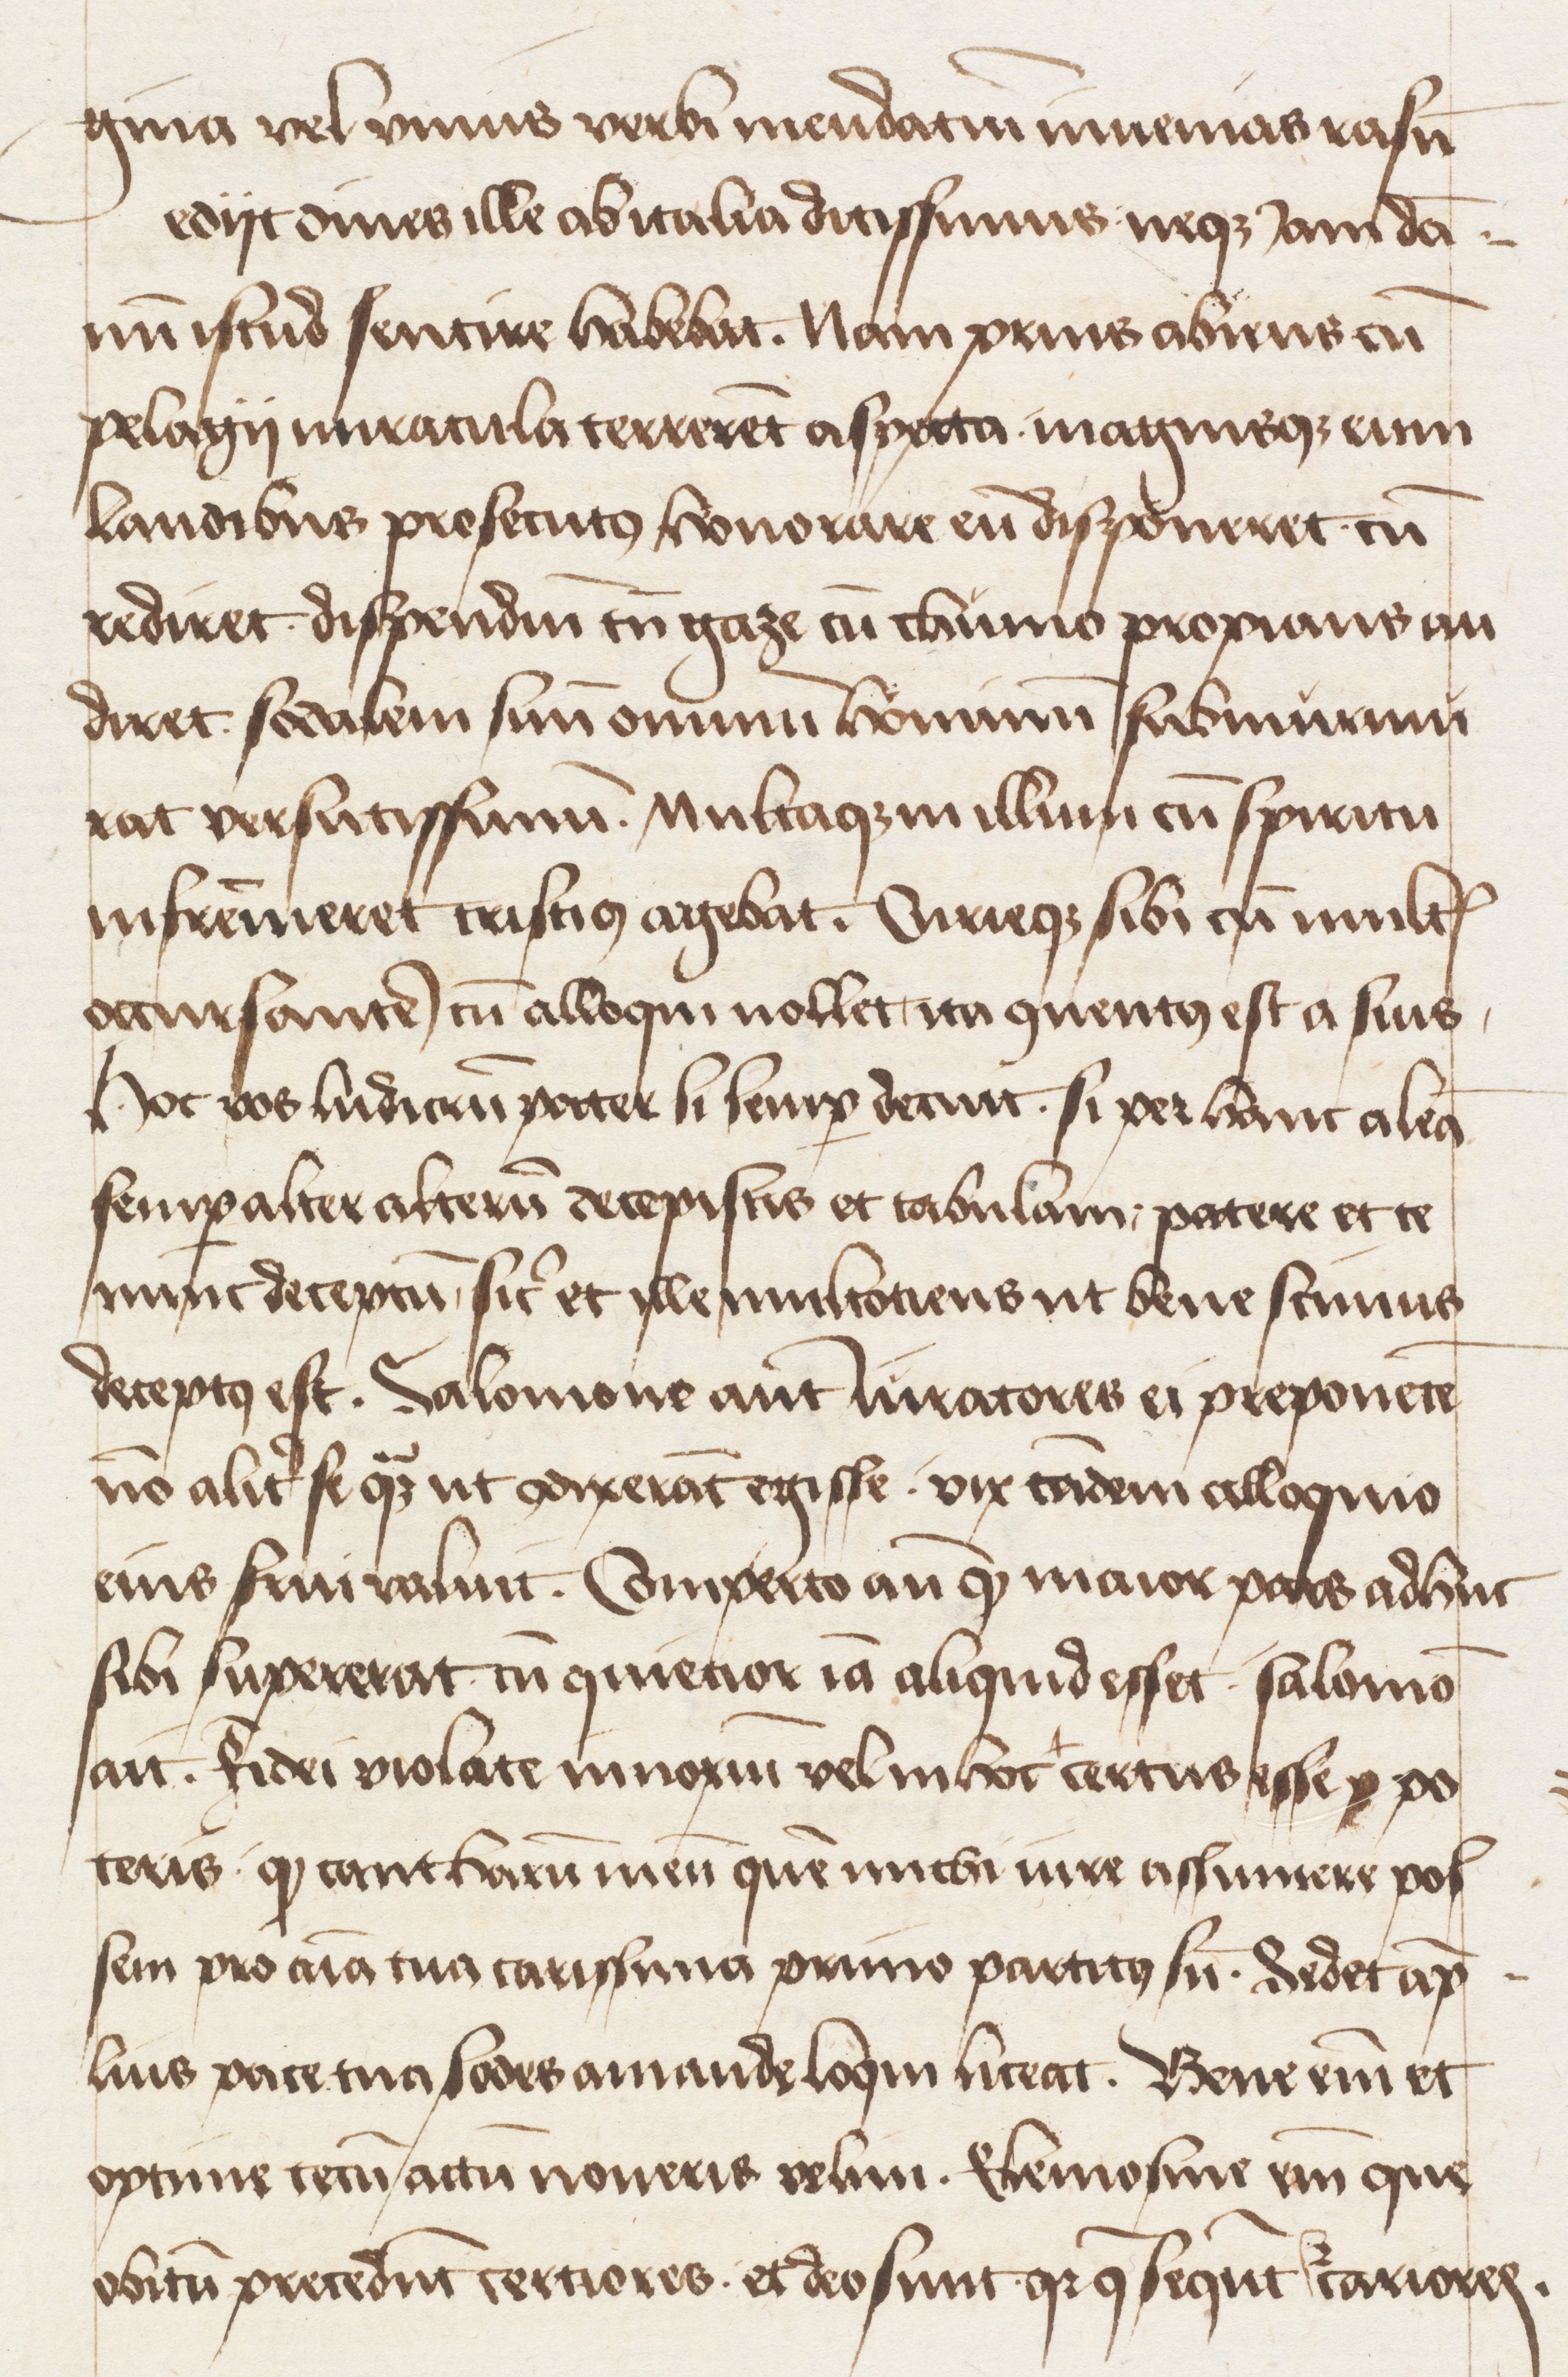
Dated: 1400–1499